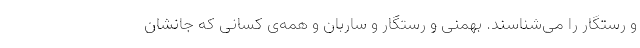
و رستگار را می‌شناسند. بهمنی و رستگار و ساربان و همه‌ی کسانی که جانشان